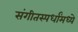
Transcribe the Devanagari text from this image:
संगीतस्पर्धांमध्ये